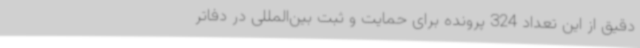
دقیق از این تعداد 324 پرونده برای حمایت و ثبت بین‌المللی در دفاتر